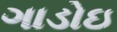
ગાડોઇ